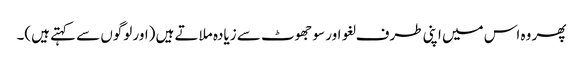
پھر وہ اس میں اپنی طرف لغو اور سو جھوٹ سے زیادہ ملاتے ہیں (اور لوگوں سے کہتے ہیں)۔